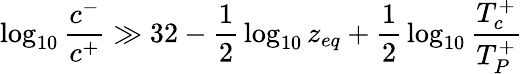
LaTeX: \log_{10}{\frac{c^{-}}{c^{+}}}\gg 32-{\frac{1}{2}}\log_{10}z_{eq}+{\frac{1}{2}}\log_{10}{\frac{T_{c}^{+}}{T_{P}^{+}}}